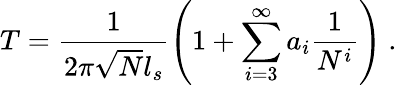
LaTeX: T=\frac{1}{2\pi\sqrt{N}l_{s}}\left(1+\sum_{i=3}^{\infty}a_{i}\frac{1}{N^{i}}\right)\ .